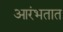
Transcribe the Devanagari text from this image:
आरंभतात